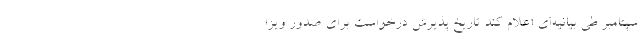
سپتامبر طی بیانیه‌ای اعلام کند تاریخ پذیرش درخواست برای صدور ویزا